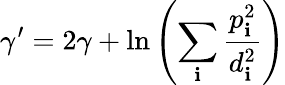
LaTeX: \gamma^{\prime}=2\gamma+\ln\left(\sum_{\mathbf{i}}\frac{{p_{\mathbf{i}}^{2}}}{{d_{\mathbf{i}}^{2}}}\right)